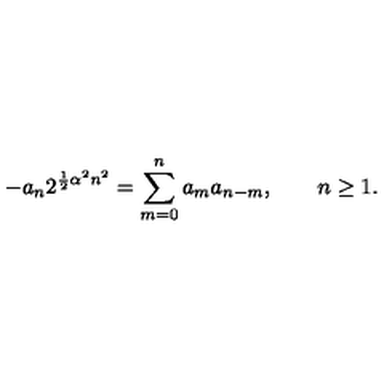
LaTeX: - a _ { n } 2 ^ { { \frac { 1 } { 2 } } \alpha ^ { 2 } n ^ { 2 } } = \sum _ { m = 0 } ^ { n } a _ { m } a _ { n - m } , \qquad n \geq 1 .